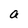
Character: a